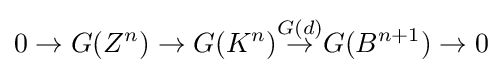
0\to G(Z^{n})\to G(K^{n}){\overset {G(d)}{\to }}G(B^{n+1})\to 0